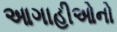
આગાહીઓનો